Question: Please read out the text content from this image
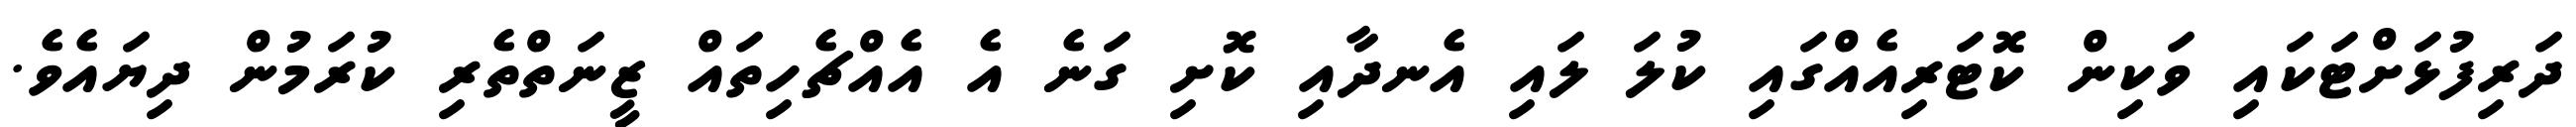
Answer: ދަރިފުޅަށްޓަކައި ވަކިން ކޮޓަރިއެއްގައި ކުލަ ލައި އެނދާއި ކޮށި ގަނެ އެ އެއްޗެހިތައް ޒީނަތްތެރި ކުރަމުން ދިޔައެވެ.